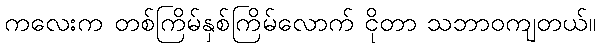
ကလေးက တစ်ကြိမ်နှစ်ကြိမ်လောက် ငိုတာ သဘာဝကျတယ်။